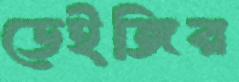
ডেইজির